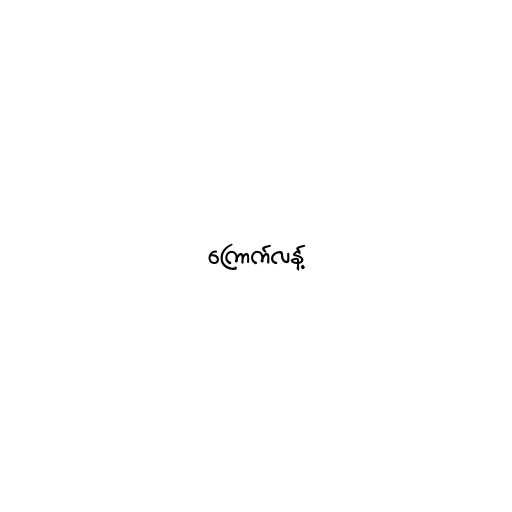
ကြောက်လန့်